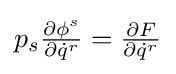
{\textstyle p_{s}{\frac {\partial \phi ^{s}}{\partial {\dot {q}}^{r}}}={\frac {\partial F}{\partial {\dot {q}}^{r}}}}